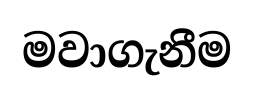
මවාගැනීම